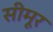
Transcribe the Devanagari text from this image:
सीमूर